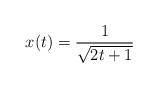
LaTeX: \begin{align*} x(t) = \frac{1}{\sqrt{2t + 1}}\end{align*}